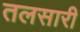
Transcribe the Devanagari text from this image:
तलसारी